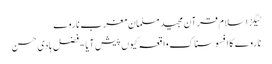
ٹیگزاسلام قرآن مجید مسلمان مغرب ناروے
ناروے کا افسوسناک واقعہ کیوں پیش آیا - فضل ہادی حسن